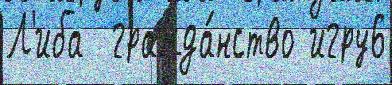
Л'иба  гражда́нство игру6